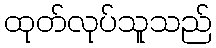
ထုတ်လုပ်သူသည်